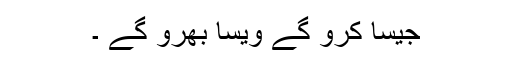
جیسا کرو گے ویسا بھرو گے ۔